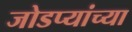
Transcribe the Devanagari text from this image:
जोडप्यांच्या